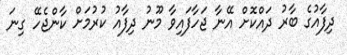
ދިފާއުގެ ބާރު ދައްކޮށް އޭނާ ޖަހާފައިވާ މޫނު ދިފާއު ކުރުމަށް ކާންޖެހޭ ގިނަ